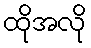
ထိုအလို